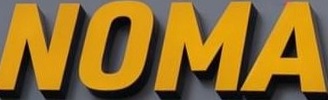
NOMA